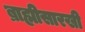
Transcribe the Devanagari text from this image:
ब्राह्मीसारखी